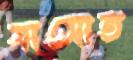
বাসোত